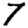
Digit: 7